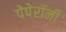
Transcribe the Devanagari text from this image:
पेपेरॉनी